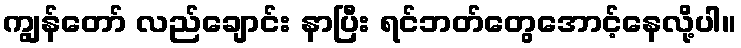
ကျွန်တော် လည်ချောင်း နာပြီး ရင်ဘတ်တွေအောင့်နေလို့ပါ။